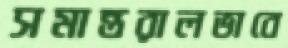
সমান্তরালভাবে